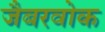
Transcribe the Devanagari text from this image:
जैबरवोक